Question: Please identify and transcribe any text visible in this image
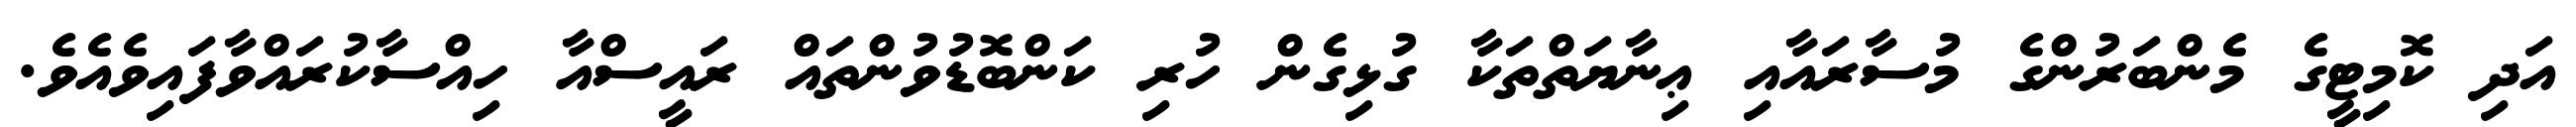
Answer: އަދި ކޮމިޓީގެ މެންބަރުންގެ މުސާރައާއި ޢިނާޔަތްތަކާ ގުޅިގެން ހުރި ކަންބޮޑުވުންތައް ރައީސްއާ ހިއްސާކުރައްވާފައިވެއެވެ.